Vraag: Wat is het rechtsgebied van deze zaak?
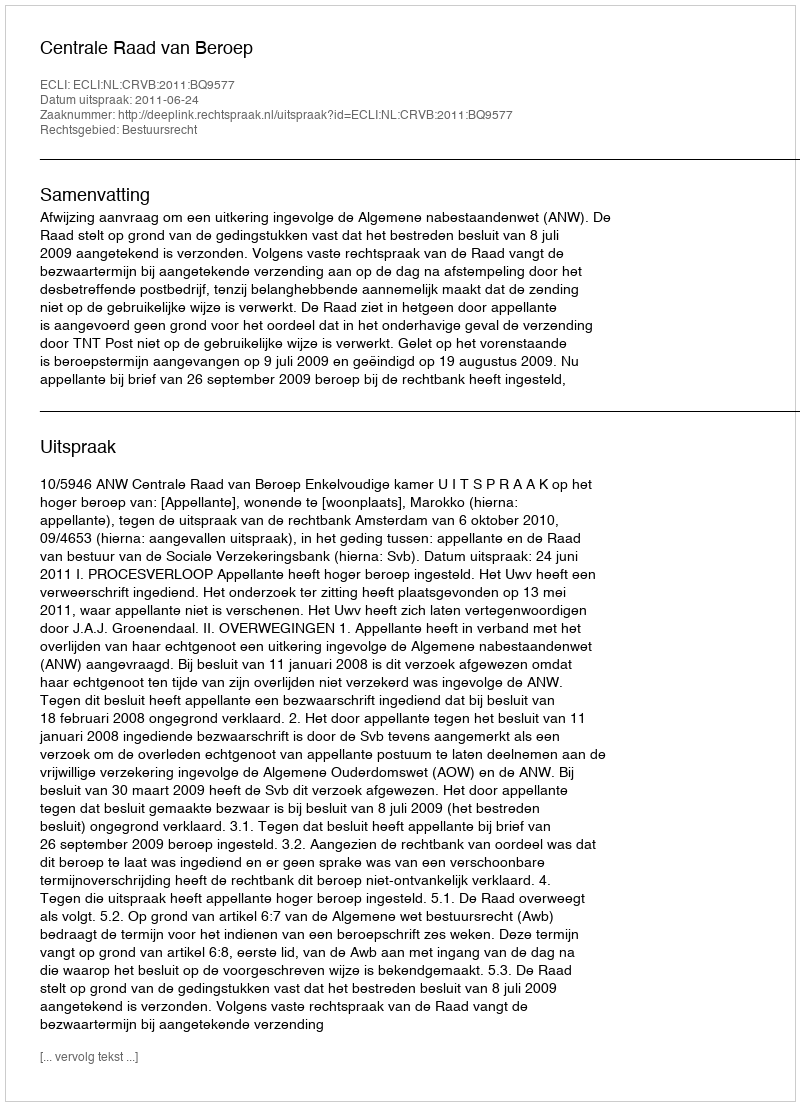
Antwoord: Bestuursrecht